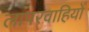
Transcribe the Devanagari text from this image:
लापरवाहियों